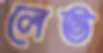
লেভ